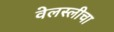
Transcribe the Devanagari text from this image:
वेलस्लीचा